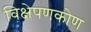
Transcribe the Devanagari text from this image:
विक्षेपणकोण